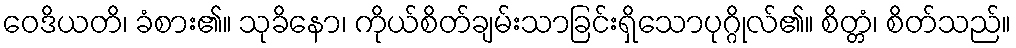
ဝေဒိယတိ၊ ခံစား၏။ သုခိနော၊ ကိုယ်စိတ်ချမ်းသာခြင်းရှိသောပုဂ္ဂိုလ်၏။ စိတ္တံ၊ စိတ်သည်။